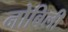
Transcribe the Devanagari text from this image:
नोबिली